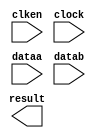
// megafunction wizard: %LPM_MULT%VBB%
// GENERATION: STANDARD
// VERSION: WM1.0
// MODULE: lpm_mult 

// ============================================================
// Megafunction Name(s):
// 			lpm_mult
//
// Simulation Library Files(s):
// 			lpm
// ============================================================
// ************************************************************
// THIS IS A WIZARD-GENERATED FILE. DO NOT EDIT THIS FILE!
//
// 18.1.0 Build 625 09/12/2018 SJ Lite Edition
// ************************************************************

//Copyright (C) 2018  Intel Corporation. All rights reserved.
//Your use of Intel Corporation's design tools, logic functions 
//and other software and tools, and its AMPP partner logic 
//functions, and any output files from any of the foregoing 
//(including device programming or simulation files), and any 
//associated documentation or information are expressly subject 
//to the terms and conditions of the Intel Program License 
//Subscription Agreement, the Intel Quartus Prime License Agreement,
//the Intel FPGA IP License Agreement, or other applicable license
//agreement, including, without limitation, that your use is for
//the sole purpose of programming logic devices manufactured by
//Intel and sold by Intel or its authorized distributors.  Please
//refer to the applicable agreement for further details.

module multipl_ip (
	clken,
	clock,
	dataa,
	datab,
	result);

	input	  clken;
	input	  clock;
	input	[39:0]  dataa;
	input	[39:0]  datab;
	output	[79:0]  result;

endmodule

// ============================================================
// CNX file retrieval info
// ============================================================
// Retrieval info: PRIVATE: AutoSizeResult NUMERIC "0"
// Retrieval info: PRIVATE: B_isConstant NUMERIC "0"
// Retrieval info: PRIVATE: ConstantB NUMERIC "0"
// Retrieval info: PRIVATE: INTENDED_DEVICE_FAMILY STRING "MAX 10"
// Retrieval info: PRIVATE: LPM_PIPELINE NUMERIC "2"
// Retrieval info: PRIVATE: Latency NUMERIC "1"
// Retrieval info: PRIVATE: SYNTH_WRAPPER_GEN_POSTFIX STRING "0"
// Retrieval info: PRIVATE: SignedMult NUMERIC "1"
// Retrieval info: PRIVATE: USE_MULT NUMERIC "1"
// Retrieval info: PRIVATE: ValidConstant NUMERIC "0"
// Retrieval info: PRIVATE: WidthA NUMERIC "40"
// Retrieval info: PRIVATE: WidthB NUMERIC "40"
// Retrieval info: PRIVATE: WidthP NUMERIC "80"
// Retrieval info: PRIVATE: aclr NUMERIC "0"
// Retrieval info: PRIVATE: clken NUMERIC "1"
// Retrieval info: PRIVATE: new_diagram STRING "1"
// Retrieval info: PRIVATE: optimize NUMERIC "1"
// Retrieval info: LIBRARY: lpm lpm.lpm_components.all
// Retrieval info: CONSTANT: LPM_HINT STRING "MAXIMIZE_SPEED=9"
// Retrieval info: CONSTANT: LPM_PIPELINE NUMERIC "2"
// Retrieval info: CONSTANT: LPM_REPRESENTATION STRING "SIGNED"
// Retrieval info: CONSTANT: LPM_TYPE STRING "LPM_MULT"
// Retrieval info: CONSTANT: LPM_WIDTHA NUMERIC "40"
// Retrieval info: CONSTANT: LPM_WIDTHB NUMERIC "40"
// Retrieval info: CONSTANT: LPM_WIDTHP NUMERIC "80"
// Retrieval info: USED_PORT: clken 0 0 0 0 INPUT NODEFVAL "clken"
// Retrieval info: USED_PORT: clock 0 0 0 0 INPUT NODEFVAL "clock"
// Retrieval info: USED_PORT: dataa 0 0 40 0 INPUT NODEFVAL "dataa[39..0]"
// Retrieval info: USED_PORT: datab 0 0 40 0 INPUT NODEFVAL "datab[39..0]"
// Retrieval info: USED_PORT: result 0 0 80 0 OUTPUT NODEFVAL "result[79..0]"
// Retrieval info: CONNECT: @clken 0 0 0 0 clken 0 0 0 0
// Retrieval info: CONNECT: @clock 0 0 0 0 clock 0 0 0 0
// Retrieval info: CONNECT: @dataa 0 0 40 0 dataa 0 0 40 0
// Retrieval info: CONNECT: @datab 0 0 40 0 datab 0 0 40 0
// Retrieval info: CONNECT: result 0 0 80 0 @result 0 0 80 0
// Retrieval info: GEN_FILE: TYPE_NORMAL multipl_ip.v TRUE
// Retrieval info: GEN_FILE: TYPE_NORMAL multipl_ip.inc FALSE
// Retrieval info: GEN_FILE: TYPE_NORMAL multipl_ip.cmp FALSE
// Retrieval info: GEN_FILE: TYPE_NORMAL multipl_ip.bsf FALSE
// Retrieval info: GEN_FILE: TYPE_NORMAL multipl_ip_inst.v FALSE
// Retrieval info: GEN_FILE: TYPE_NORMAL multipl_ip_bb.v TRUE
// Retrieval info: LIB_FILE: lpm